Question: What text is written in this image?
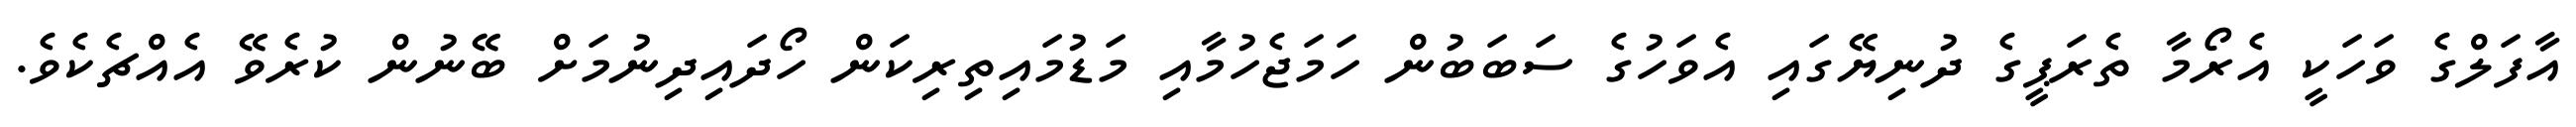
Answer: އާފަލްގެ ވަހަކީ އެރޯމާ ތެރަޕީގެ ދުނިޔޭގައި އެވަހުގެ ސަބަބުން ހަމަޖެހުމާއި މަޑުމައިތިރިކަން ހޯދައިދިނުމަށް ބޭނުން ކުރެވޭ އެއްޗެކެވެ.